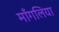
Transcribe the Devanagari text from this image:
माँगलिया